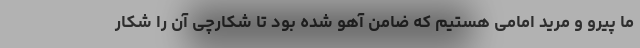
ما پیرو و مرید امامی هستیم که ضامن آهو شده بود تا شکارچی آن را شکار